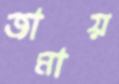
জামায়